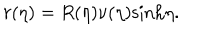
r ( \eta ) = R ( \eta ) \nu ( \eta ) \textrm { s i n h } \eta .